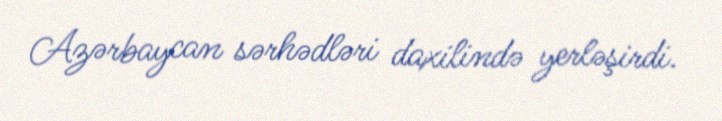
Azərbaycan sərhədləri daxilində yerləşirdi.